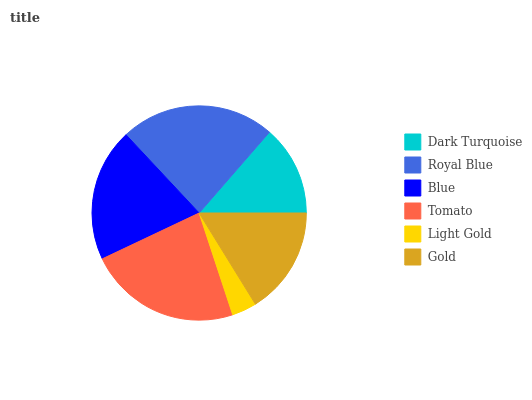
| Dark Turquoise | Royal Blue | Blue | Tomato | Light Gold | Gold |
 | --- | --- | --- | --- | --- | --- |
 | 13.6% | 23.4% | 20% | 23.1% | 3.74% | 16.2% |